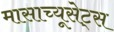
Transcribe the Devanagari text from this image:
मासाच्यूसेट्स